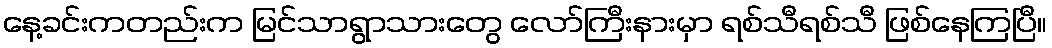
နေ့ခင်းကတည်းက မြင်သာရွာသားတွေ လော်ကြီးနားမှာ ရစ်သီရစ်သီ ဖြစ်နေကြပြီ။